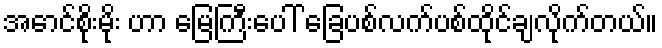
အောင်စိုးမိုး ဟာ မြေကြီးပေါ် ခြေပစ်လက်ပစ်ထိုင်ချလိုက်တယ်။